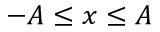
- A \leq x \leq A